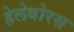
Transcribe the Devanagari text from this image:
हेलेबोरस